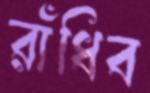
রাঁধিব